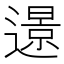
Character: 𨗈